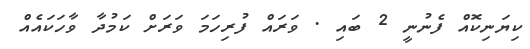
ކިޔަނިކޮއް ފެނުނީ 2 ބައި . ވަރައް ފުރިހަމަ ވަރަށް ކަމުދާ ވާހަކައެއް